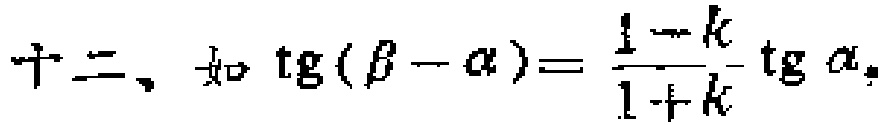
十二、如\(\text{tg}(\beta - \alpha)=\frac{1 - k}{1 + k}\text{tg}\alpha\)